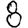
Digit: 8